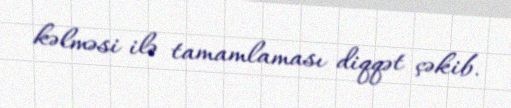
kəlməsi ilə tamamlaması diqqət çəkib.